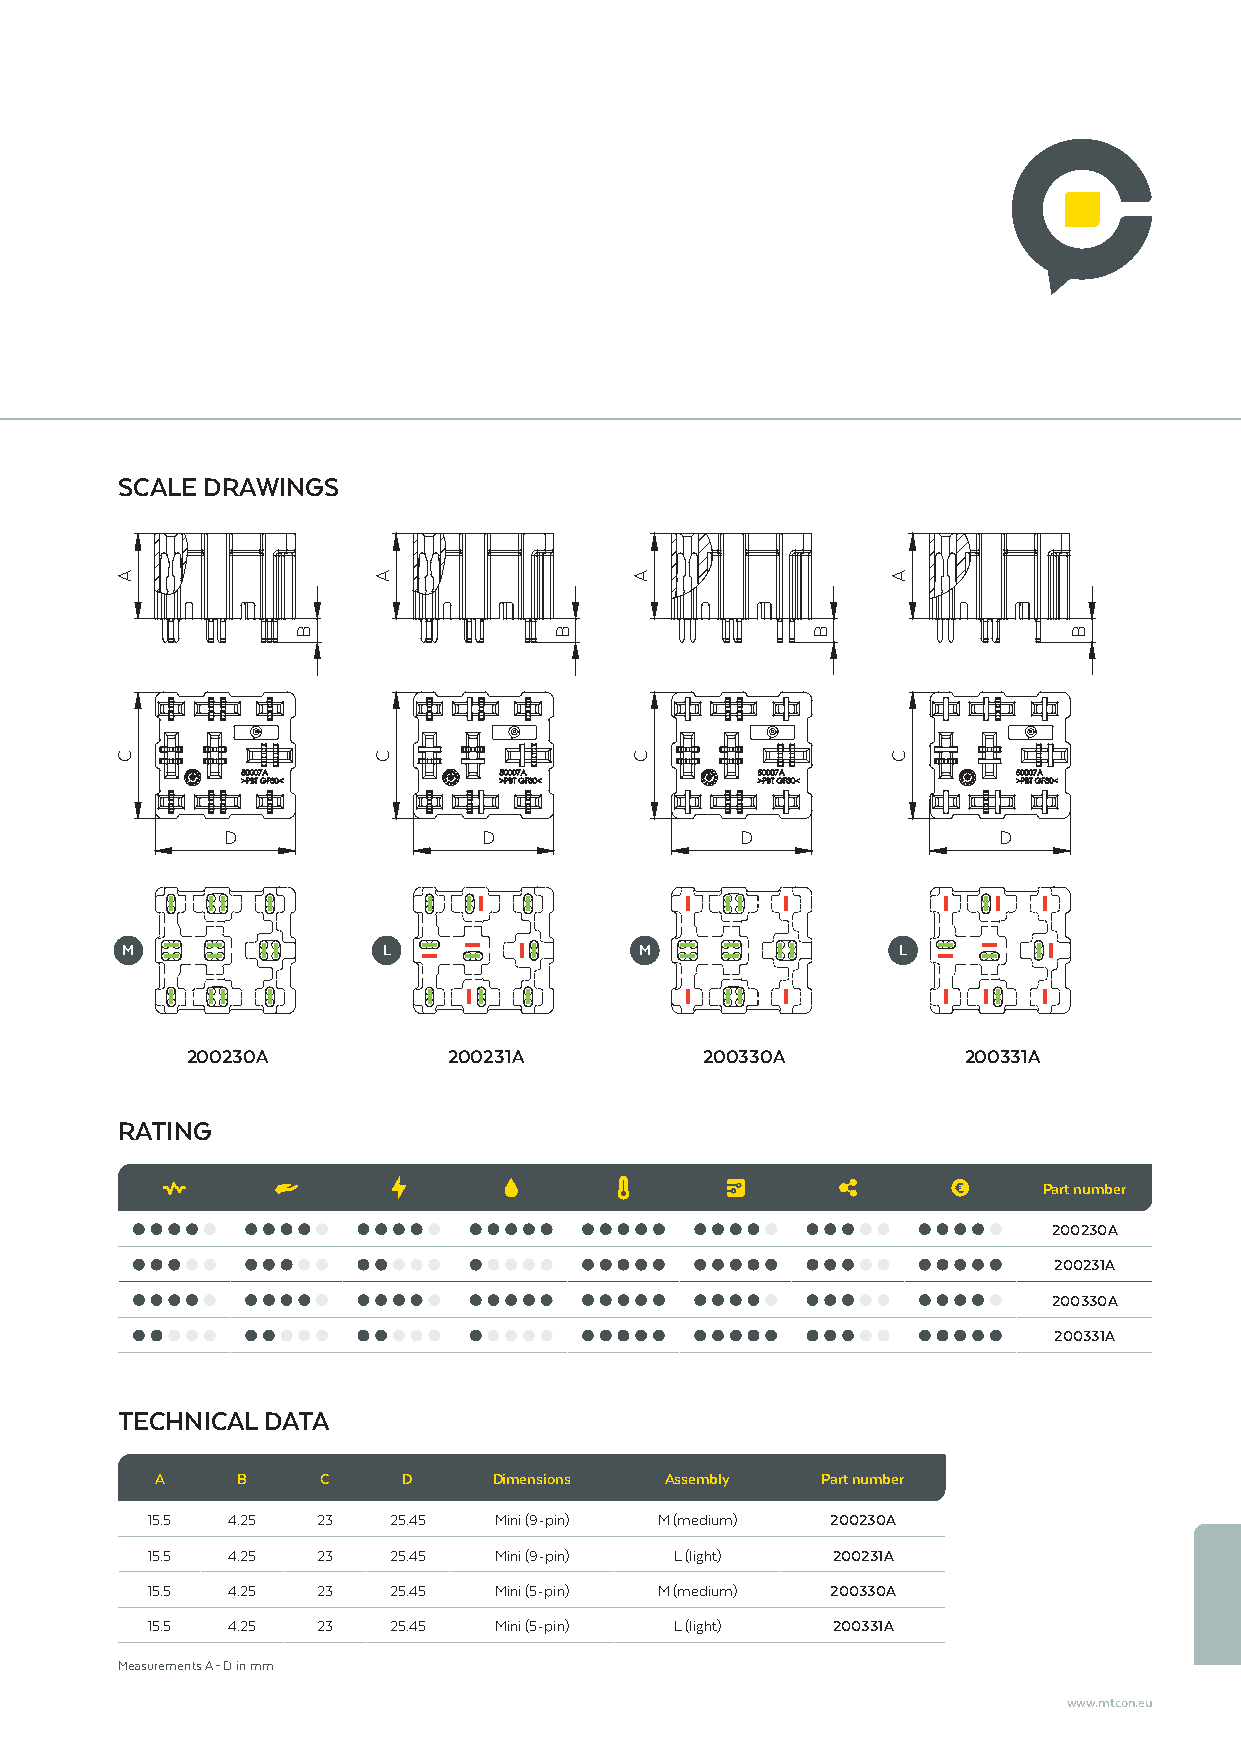
SCALE DRAWINGS
 D                D                D                D
 M                L                M                L
 200230A           200231A          200330A          200331A
 RATING
 Part number
 200230A
 200231A
 200330A
 200331A
 TECHNICAL DATA
 A     B    C     D     Dimensions Assembly  Part number
 15.5 4.25  23   25.45  Mini (9-pin) M (medium) 200230A
 15.5 4.25  23   25.45  Mini (9-pin) L (light) 200231A
 15.5 4.25  23   25.45  Mini (5-pin) M (medium) 200330A
 15.5 4.25  23   25.45  Mini (5-pin) L (light) 200331A
 Measurements A – D in mm
 www.mtcon.eu
 A
 C
 B
 A
 C
 B
 A
 C
 B
 A
 C
 B